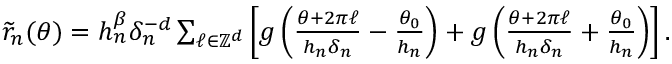
\begin{array} { r } { \widetilde r _ { n } ( \theta ) = h _ { n } ^ { \beta } \delta _ { n } ^ { - d } \sum _ { \ell \in \mathbb Z ^ { d } } \left[ g \left( \frac { \theta + 2 \pi \ell } { h _ { n } \delta _ { n } } - \frac { \theta _ { 0 } } { h _ { n } } \right) + g \left( \frac { \theta + 2 \pi \ell } { h _ { n } \delta _ { n } } + \frac { \theta _ { 0 } } { h _ { n } } \right) \right] . } \end{array}